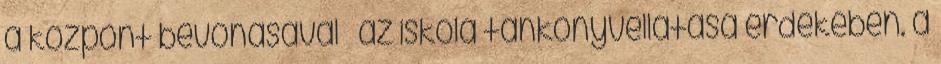
a központ bevonásával  az iskola tankönyvellátása érdekében. a